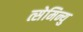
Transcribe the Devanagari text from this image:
त्सेमिन्यु